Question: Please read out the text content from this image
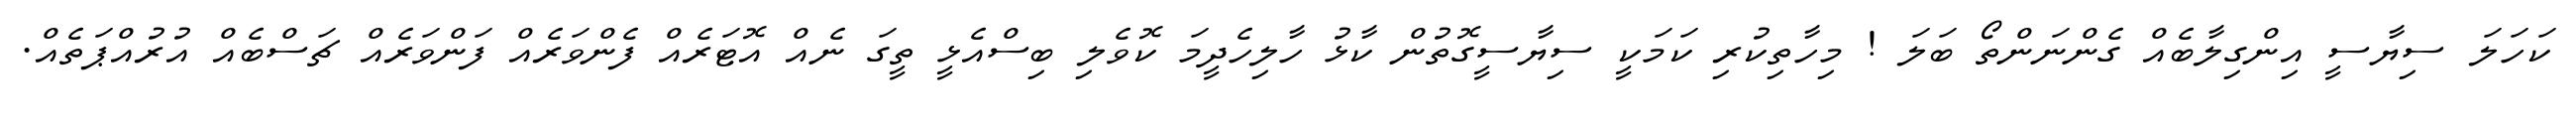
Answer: ކަހަލަ ސިޔާސީ އިންގިލާބެއް ގެންނަންތޯ ބަލަ ! މިހާތިކުރި ކަމަކީ ސިޔާސީގޮތުން ކާޅު ހާލިހެދީމަ ކޮވެލި ބިސްއެޅީ ތީގަ ނެއް އޮޓަރެއް ފެންވަރެއް ފަންވަރެއް ޗަސްބެއް އުރުއްޕަތެއް.